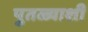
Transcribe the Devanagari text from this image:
पुतळ्याशी